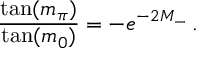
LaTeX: \frac { \tan ( m _ { \pi } ) } { \tan ( m _ { 0 } ) } = - e ^ { - 2 M _ { - } } \, .